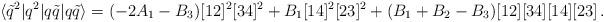
LaTeX: \begin{align*}\langle \tilde q^2|q^2 |q\tilde q|q\tilde q\rangle = (-2A_1-B_3)[12]^2[34]^2 + B_1[14]^2[23]^2 + (B_1+B_2-B_3) [12][34][14][23] \, .\end{align*}